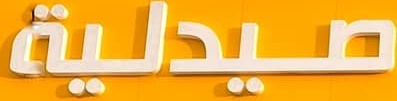
صيدلية